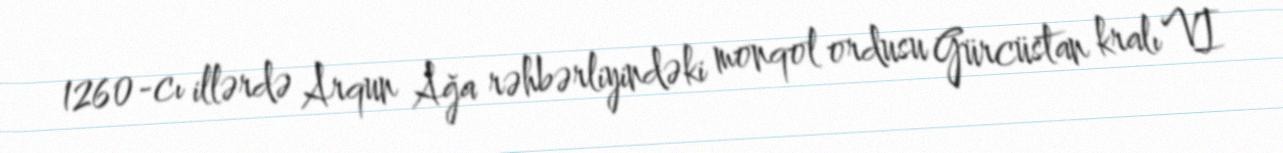
1260-cı illərdə Arqun Ağa rəhbərliyindəki monqol ordusu Gürcüstan kralı VI